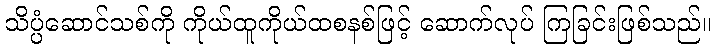
သိပ္ပံဆောင်သစ်ကို ကိုယ်ထူကိုယ်ထစနစ်ဖြင့် ဆောက်လုပ် ကြခြင်းဖြစ်သည်။